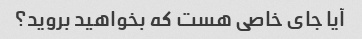
آیا جای خاصی هست که بخواهید بروید؟